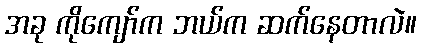
အခု ကိုကျော်က ဘယ်က ဆက်နေတာလဲ။